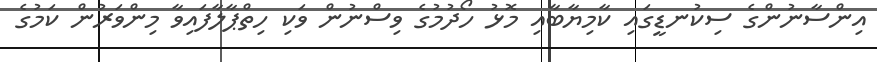
އިންސާނުންގެ ސިކުނޑީގައި ކާމިޔާބާއި މޮޅު ހޯދުމުގެ ވިސްނުން ވަކި ހިތްޕާލާފައިވާ މިންވަރުން ކަމުގެ